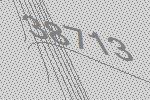
38713